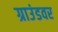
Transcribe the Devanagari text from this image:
ग्राउंडवर